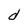
Character: d